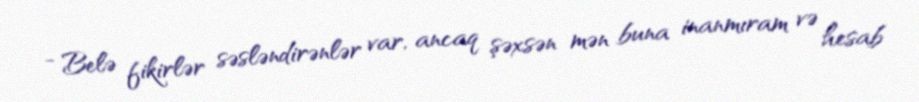
- Belə fikirlər səsləndirənlər var, ancaq şəxsən mən buna inanmıram və hesab